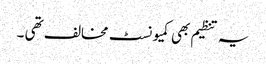
یہ تنظیم بھی کمیونسٹ مخالف تھی ۔